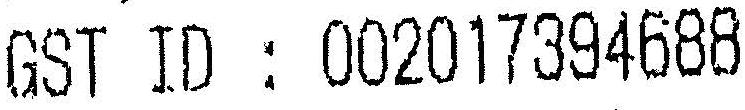
GST ID : 002017394688